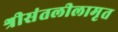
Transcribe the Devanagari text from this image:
श्रीसंतलीलामृत